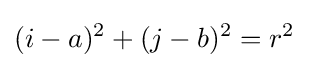
(i-a)^{2}+(j-b)^{2}=r^{2}